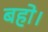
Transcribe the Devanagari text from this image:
बहो।